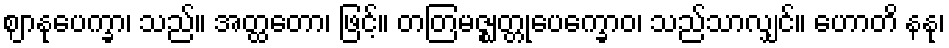
ဈာနုပေက္ခာ၊ သည်။ အတ္ထတော၊ ဖြင့်။ တတြမဇ္ဈတ္တုပေက္ခောဝ၊ သည်သာလျှင်။ ဟောတိ နနု၊